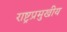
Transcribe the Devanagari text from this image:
राष्ट्रप्रमुखीय